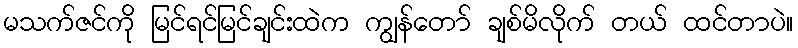
မသက်ဇင်ကို မြင်ရင်မြင်ချင်းထဲက ကျွန်တော် ချစ်မိလိုက် တယ် ထင်တာပဲ။